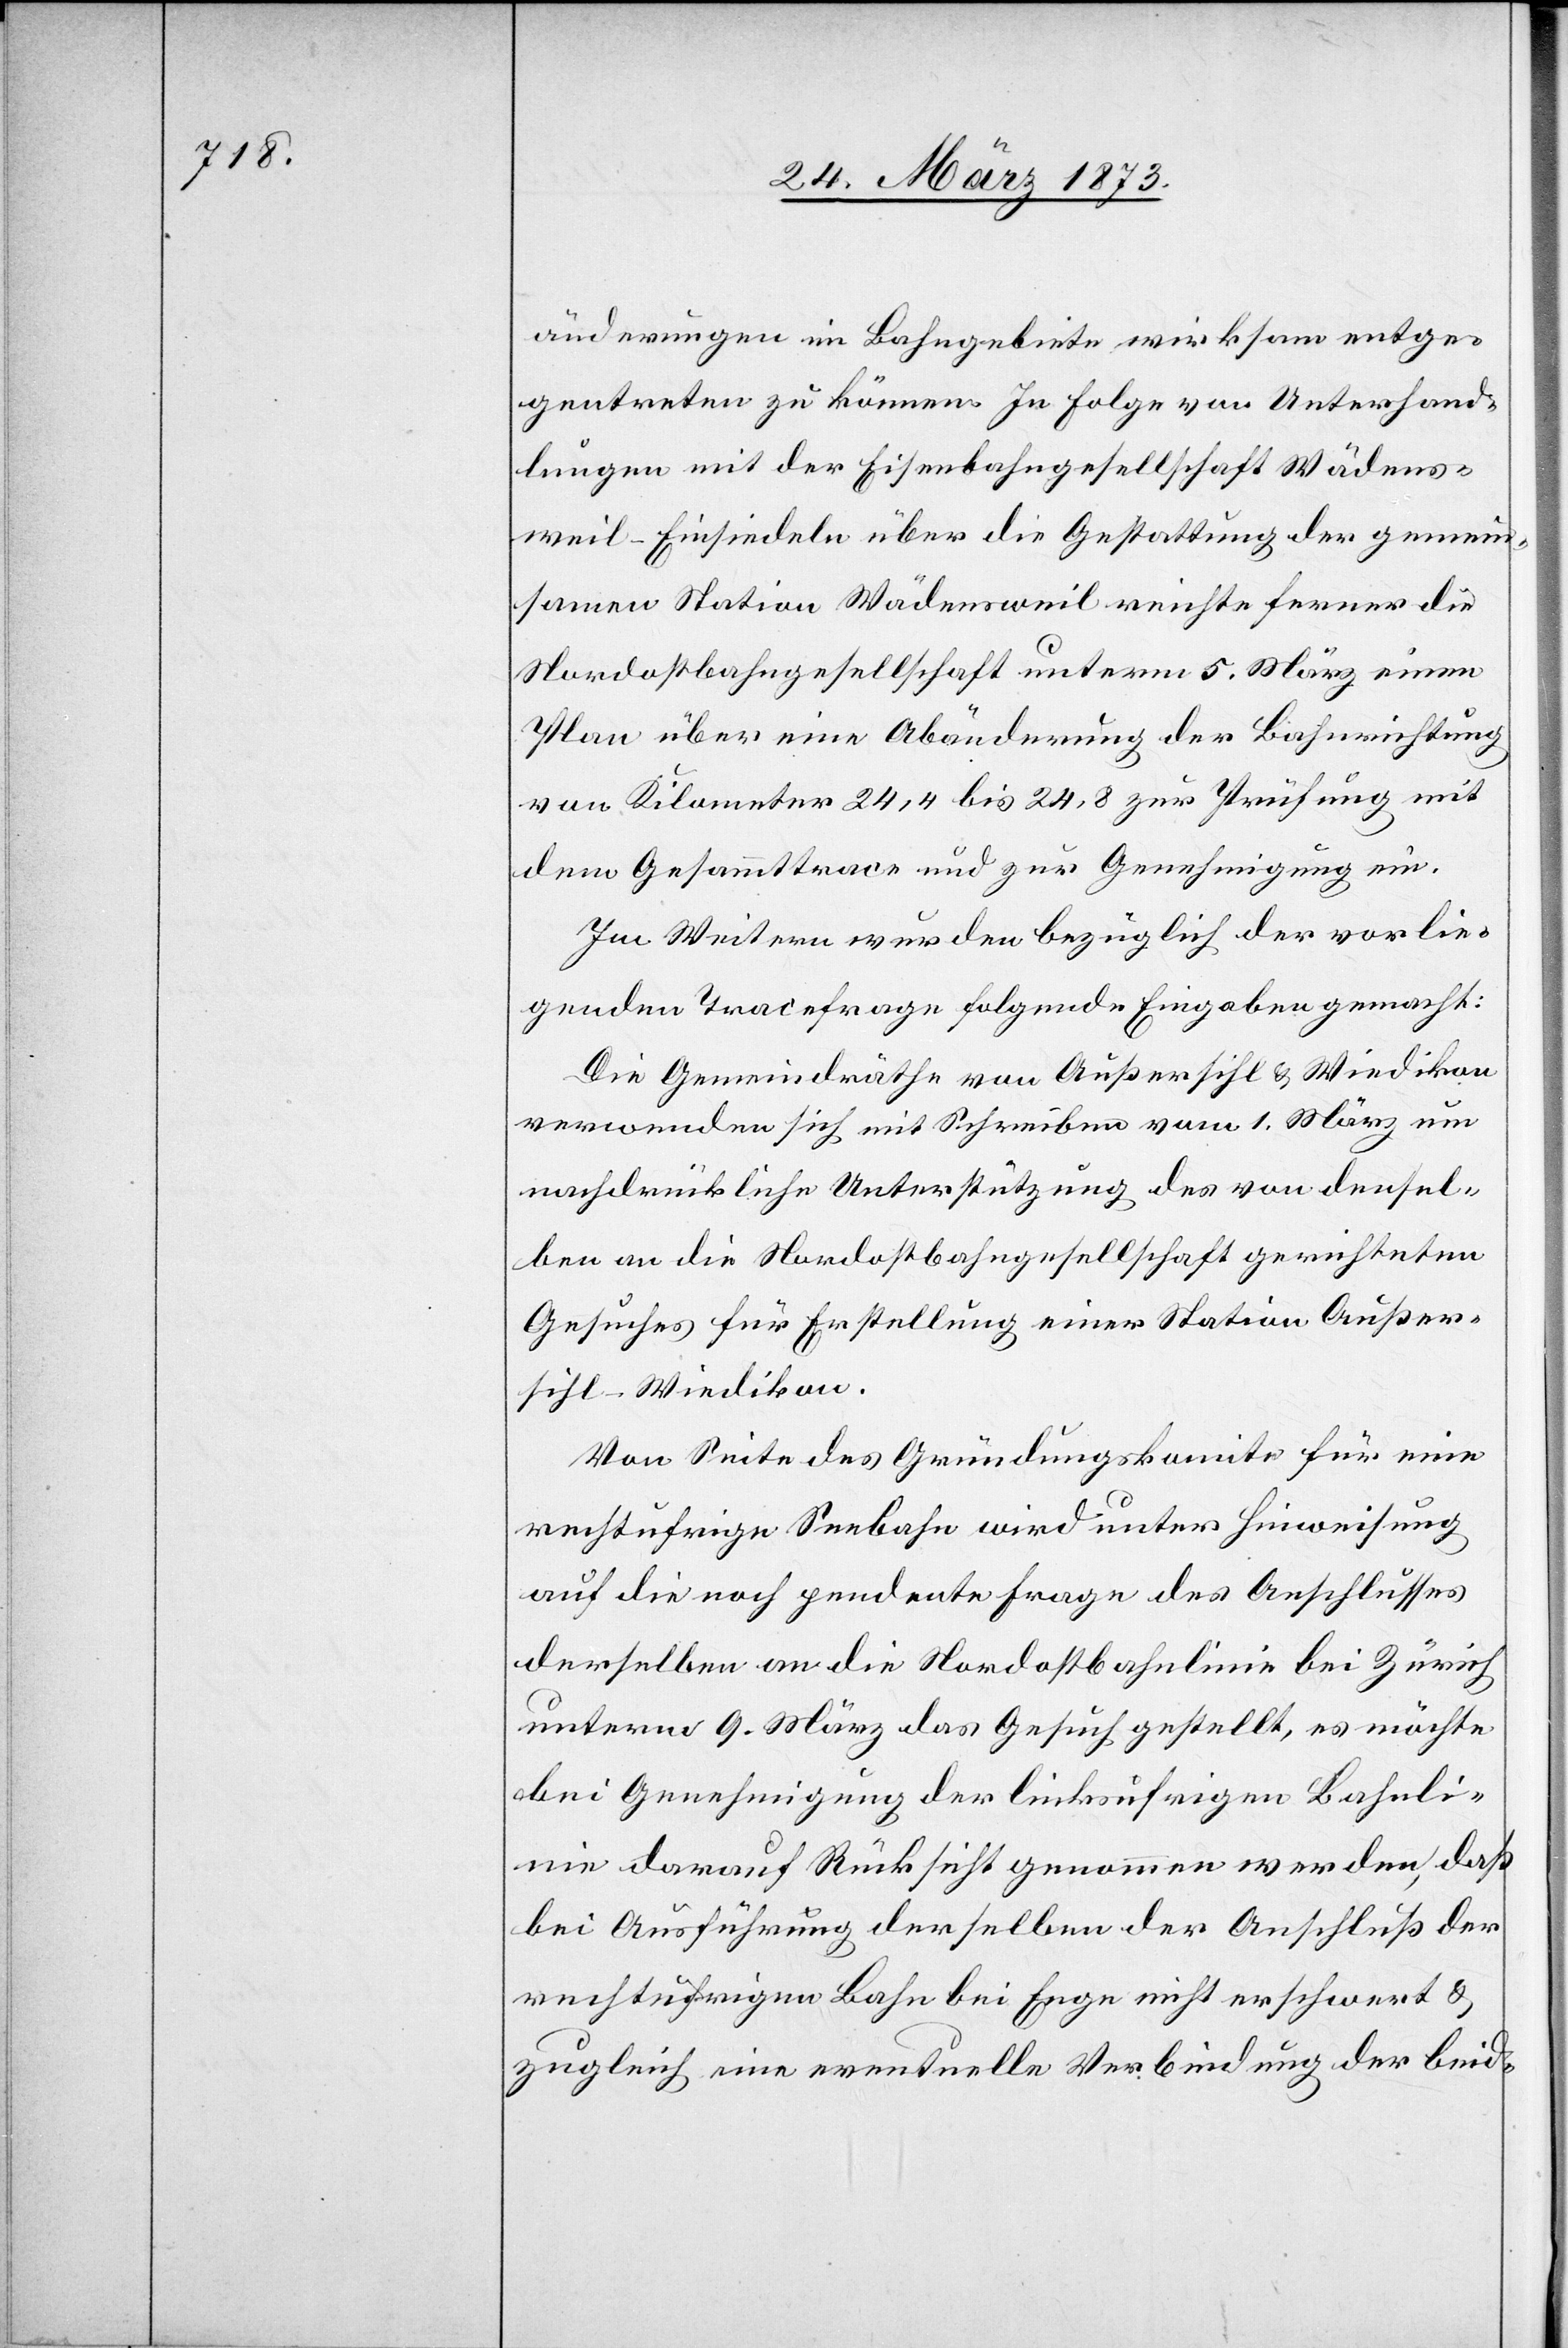
änderungen im Bahngebiete wirksam entge¬
gentreten zu können. In Folge von Unterhand¬
lungen mit der Eisenbahngesellschaft Wädens¬
weil–Einsiedeln über die Gestattung der gemein¬
samen Station Wädensweil reichte ferner die
Nordostbahngesellschaft unterm 5. März einen
Plan über eine Abänderung der Bahnrichtung
von Kilometer 24,4 bis 24,8 zur Prüfung mit
dem Gesammttrace und zur Genehmigung ein.
Im Weitern wurden bezüglich der vorlie¬
genden Tracefrage folgende Eingaben gemacht:
Die Gemeindräthe von Außersihl u. Wiedikon
verwenden sich mit Schreiben vom 1. März um
nachdrückliche Unterstützung des von densel¬
ben an die Nordostbahngesellschaft gerichteten
Gesuches für Erstellung einer Station Außer¬
sihl-Wiedikon.
Von Seite des Gründungskomite für eine
rechtufrige Seebahn wird unter Hinweisung
auf die noch pendente Frage des Anschlusses
derselben an die Nordostbahnlinie bei Zürich
unterm 9. März das Gesuch gestellt, es möchte
bei Genehmigung der linksufrigen Bahnli¬
nie darauf Rücksicht genommen werden, daß
bei Ausführung derselben der Anschluß der
rechtufrigen Bahn bei Enge nicht erschwert u.
zugleich eine eventuelle Verbindung der beid-